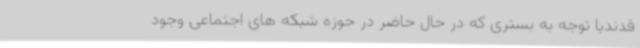
قدندبا توجه به بستری که در حال حاضر در حوزه شبکه های اجتماعی وجود